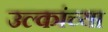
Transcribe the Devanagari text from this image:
उल्कांच्या